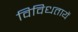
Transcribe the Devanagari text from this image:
विविधतायें